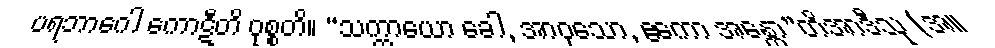
ပရဘာဂေါ ကောဋီတိ ဝုစ္စတိ။ “သက္ကာယော ခေါ, အာဝုသော, ဧကော အန္တော”တိအာဒီသု (အ။